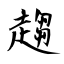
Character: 趨